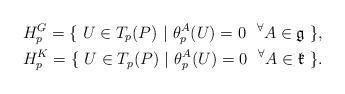
LaTeX: \begin{align*}&H_{p}^{G}=\{~U\in T_{p}(P)~|~\theta^{A}_{p}(U)=0~~{^\forall}A\in\mathfrak{g}~\},\\&H_{p}^{K}=\{~U\in T_{p}(P)~|~\theta^{A}_{p}(U)=0~~{^\forall}A\in\mathfrak{k}~\}.\end{align*}